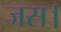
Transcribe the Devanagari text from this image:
जस।